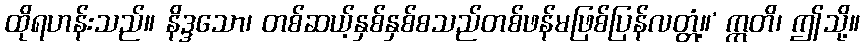
ထိုရဟန်းသည်။ နိဒ္ဒသော၊ တစ်ဆယ့်နှစ်နှစ်စသည်တစ်ဖန်မဖြစ်ပြန်လတ္တံ့။’ ဣတိ၊ ဤသို့။